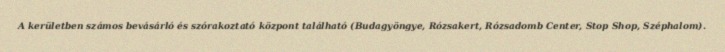
A kerületben számos bevásárló és szórakoztató központ található (Budagyöngye, Rózsakert, Rózsadomb Center, Stop Shop, Széphalom).